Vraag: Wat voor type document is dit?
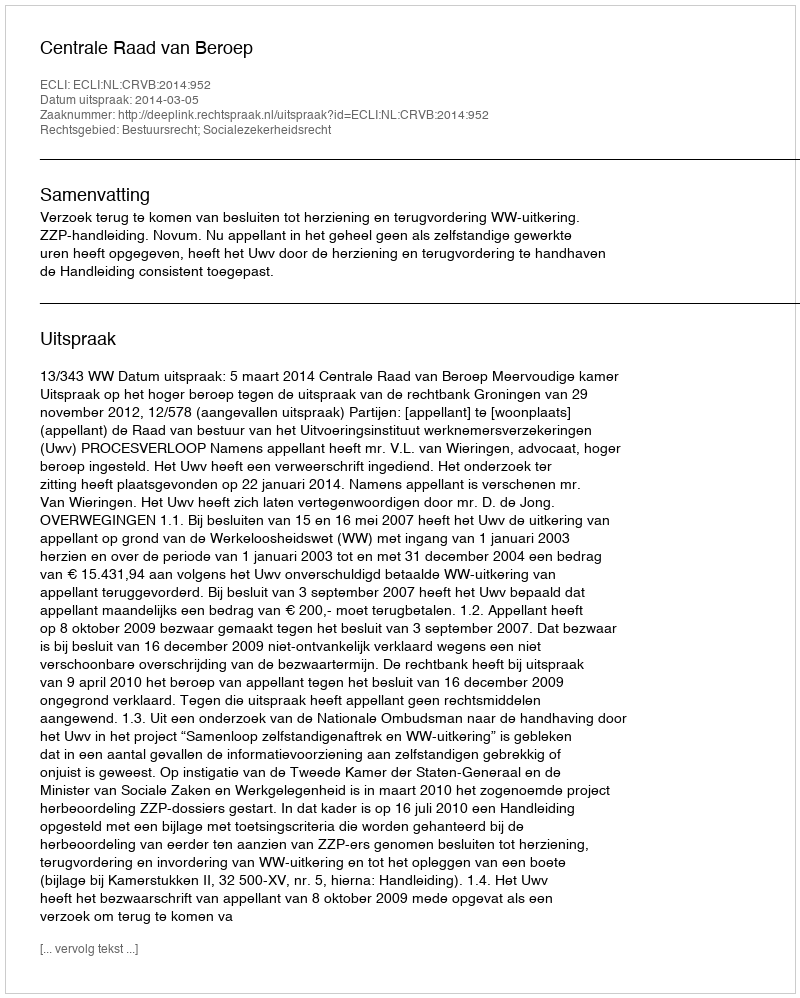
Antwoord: Uitspraak